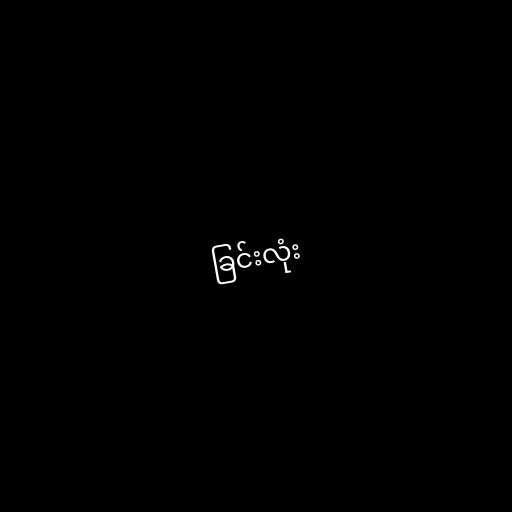
ခြင်းလုံး